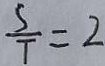
\frac { S } { T } = 2